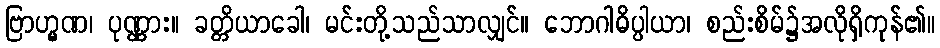
ဗြာဟ္မဏ၊ ပုဏ္ဏား။ ခတ္တိယာခေါ၊ မင်းတို့သည်သာလျှင်။ ဘောဂါဓိပ္ပါယာ၊ စည်းစိမ်၌အလိုရှိကုန်၏။